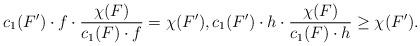
LaTeX: \begin{align*} c_1(F')\cdot f \cdot \frac{\chi (F)}{c_1(F)\cdot f} = \chi (F'), c_1(F')\cdot h \cdot \frac{\chi (F)}{c_1(F)\cdot h} \geq \chi (F'). \end{align*}